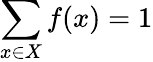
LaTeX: \sum_{x\in X}f(x)=1